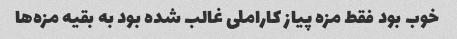
خوب بود فقط مزه پیاز کاراملی غالب شده بود به بقیه مزه‌ها